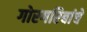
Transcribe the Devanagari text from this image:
गोरगरिबांचे